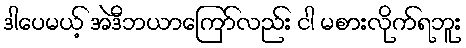
ဒါပေမယ့် အဲဒီဘယာကြော်လည်း ငါ မစားလိုက်ရဘူး